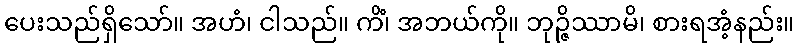
ပေးသည်ရှိသော်။ အဟံ၊ ငါသည်။ ကိံ၊ အဘယ်ကို။ ဘုဉ္ဇိဿာမိ၊ စားရအံ့နည်း။